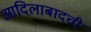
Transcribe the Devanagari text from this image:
आदिलाबादची